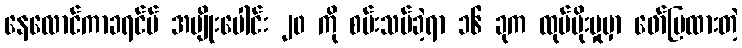
နေလောင်ကာခရင်မ် အမျိုးပေါင်း ၂၀ ကို စမ်းသပ်ခဲ့ရာ ၁၆ ခုက ထုပ်ပိုးမှုမှာ ဖော်ပြထားတဲ့